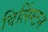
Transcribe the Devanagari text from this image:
विलिंग्टन